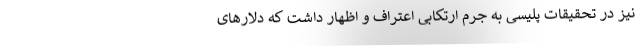
نیز در تحقیقات پلیسی به جرم ارتکابی اعتراف و اظهار داشت که دلارهای